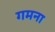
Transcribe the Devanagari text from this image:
गमना